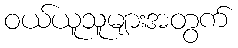
ဝယ်ယူသူများအတွက်